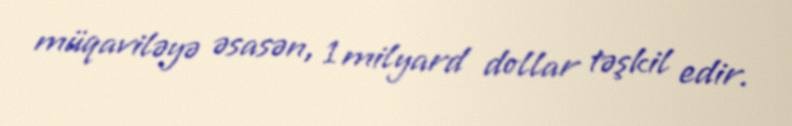
müqaviləyə əsasən, 1 milyard dollar təşkil edir.